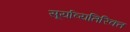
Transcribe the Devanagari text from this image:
सूर्याव्यतिरिक्त